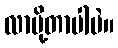
လာပို့တာပါပဲ။